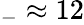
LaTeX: _-\approx 12